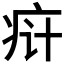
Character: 𬏟